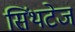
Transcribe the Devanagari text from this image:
सिंथटेज